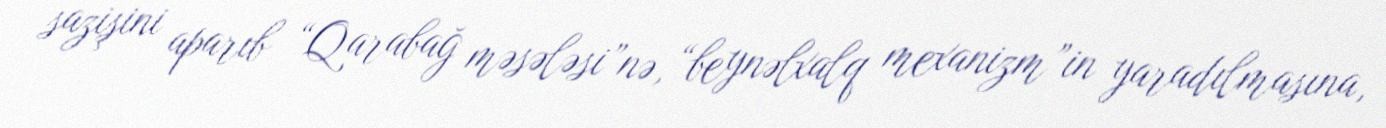
sazişini aparıb “Qarabağ məsələsi”nə, “beynəlxalq mexanizm”in yaradılmasına,